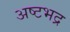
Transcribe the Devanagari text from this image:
अष्टभद्र